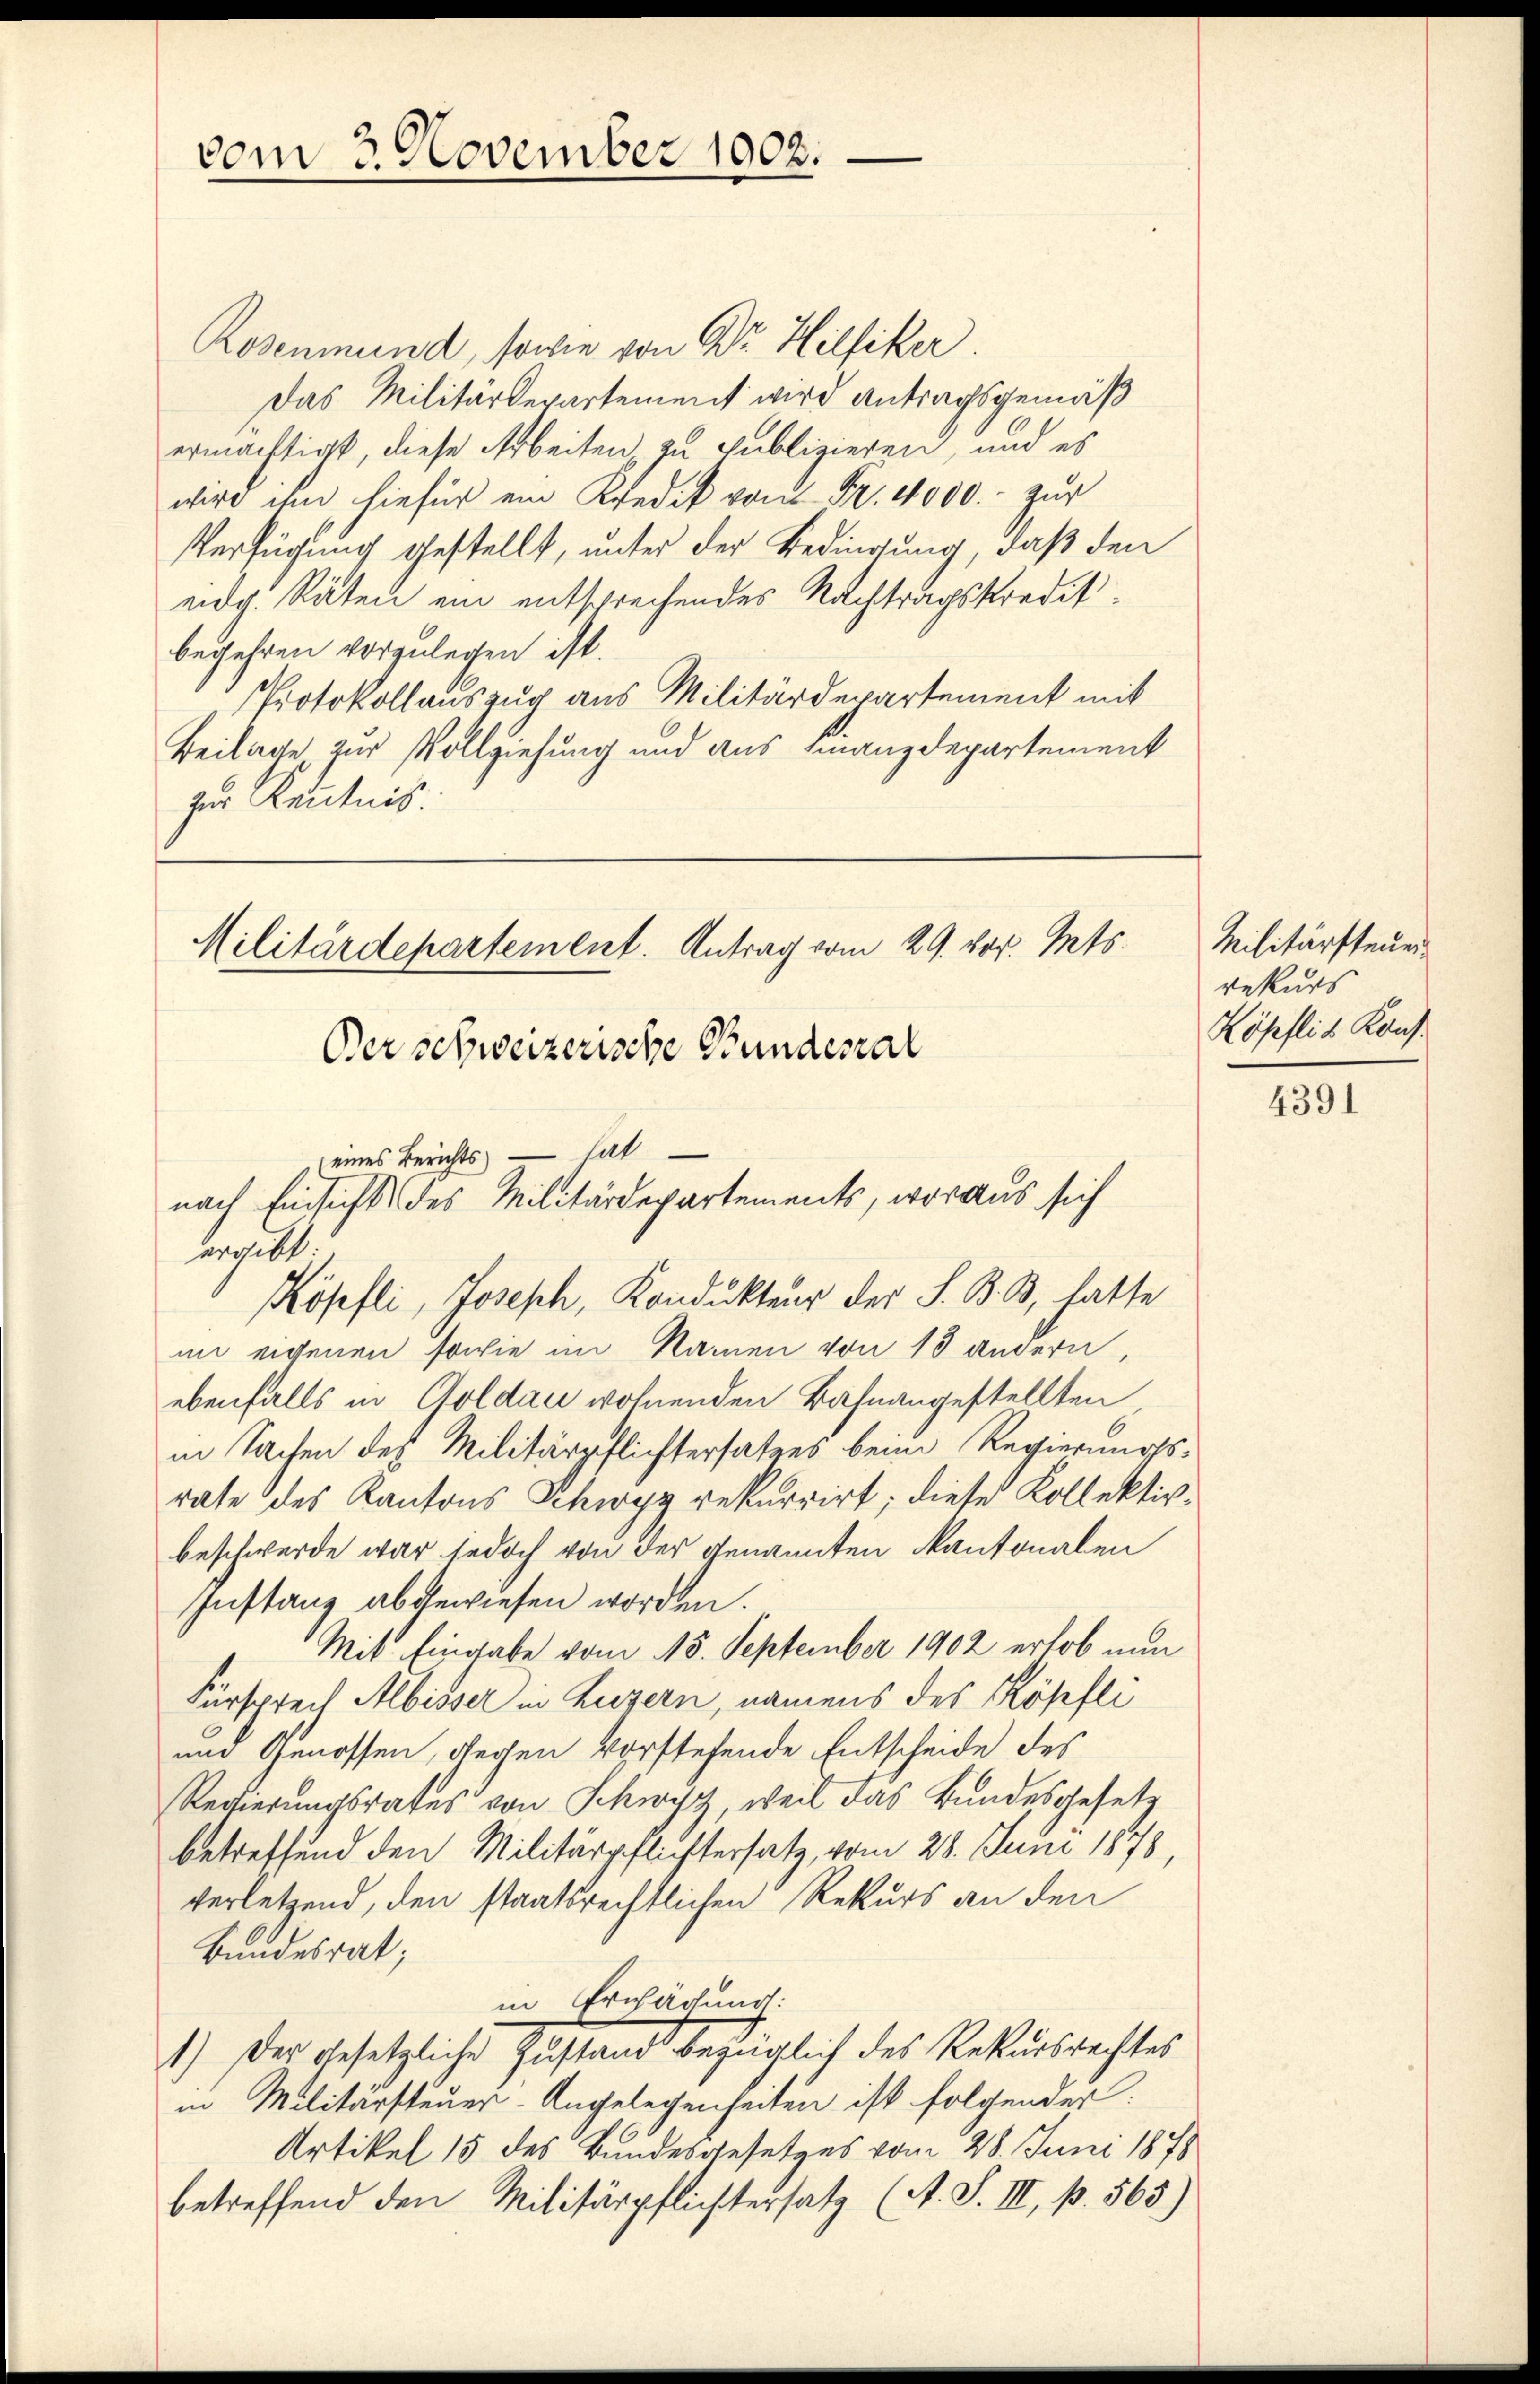
vom 3. November 1902.

Rosenmund, sowie von Dr. Hilfiker.
Das Militärdepartement wird Antragsgemäß
ermächtigt, diese Arbeiten zu publizieren, und es
wird ihm hiefür ein Kredit von Fr. 4000.- zur
Verfügung gestellt, unter der Bedingung, daß den
eidg. Räten ein entsprechendes Nachtragskreditbegehren vorzulegen ist.
Protokollauszug aus Militärdepartement mit
Beilage zur Vollziehung und aus Finanzdepartement
zur Kenntnis.

Militärdepartement. Antrag vom 29. vor. Mts.
Der schweizerische Bundesral
(eines Berichts — hat
nach Einsicht des Militärdepartements, woraus sich
ergibt
Köpfli, Joseph, Kondukteur der S. B. B., hatte

im eigenen sowie im Namen von 13 andern,
ebenfalls in Goldau wohnenden Bahnangestellten
in Sachen des Militärpflichtersatzes beim Regierungsrate des Kantons Schwyz rekurrirt; diese Kollektivbeschwerde war jedoch von der genannten Kantonalen
Instanz abgewiesen worden.
Mit Eingabe vom 18. September 1902 erhob nun
Fürsprech Albisser in Luzern, namens des Köpfli
und Genossen, gegen vorstehende Entscheide des
Regierungsrates von Schwyz, weil das Bundesgesetz
betreffend den Militärpflichtersatz, vom 28. Juni 1878
verletzend, den staatsrechtlichen Rekurs an den
Bundesrat;
in Erwägung:
1.) Der gesetzliche Zustand bezüglich des Rekursrechtes
in Militärsteuer-Angelegenheiten ist folgender:
Artikel 15 des Bundesgesetzes vom 28. Juni 1878
betreffend den Militärpflichtersatz (A. S. III, p. 563)

Militärsteuer
rekurs
Köpflis Kons.

4391